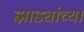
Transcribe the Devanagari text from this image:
झाड्यांच्या